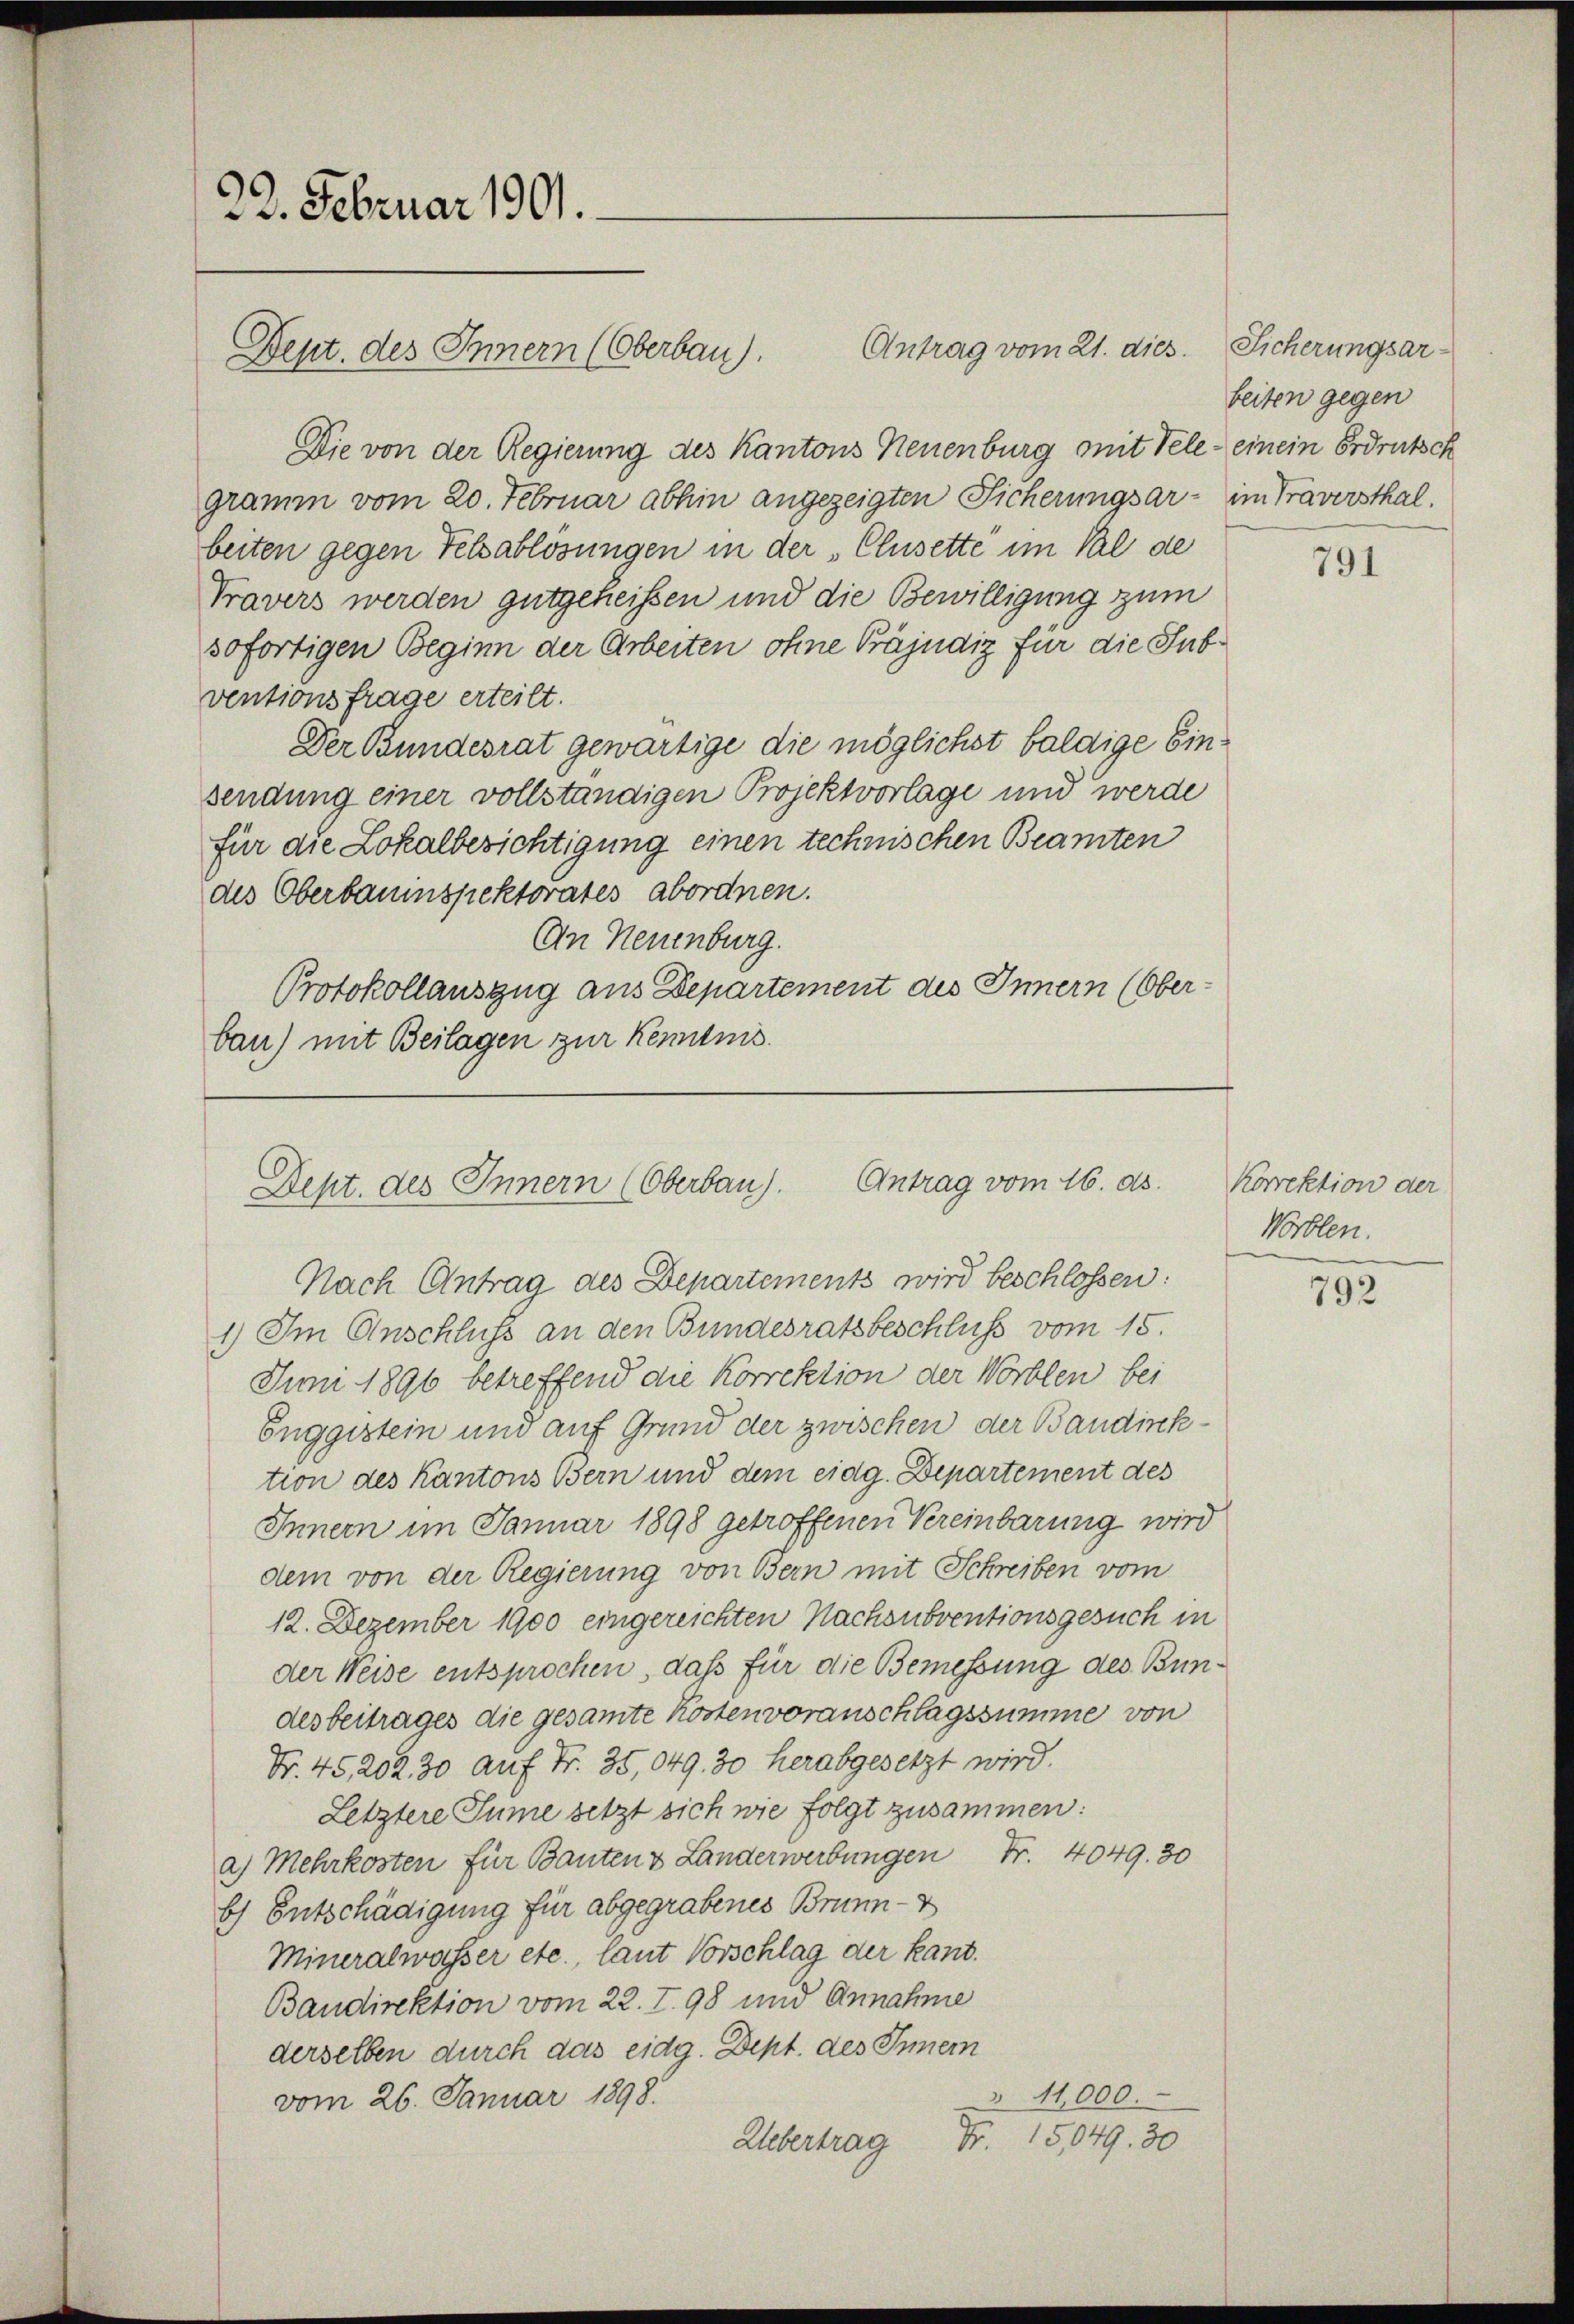
22. Februar 1901.

Antrag vom 21. dies. Sicherungsar¬
Die von der Regierung des Kantons Neuenburg mit Tele - einem Erdrutsch
gramm vom 20. Februar abhin angezeigten Sicherungsar- im Traversthal.
beiten gegen Felsablösungen in der „Clusette im Tal de
Travers werden gutgeheißen und die Bewilligung zum
sofortigen Beginn der Arbeiten ohne Präjudiz für die Subventionsfrage erteilt.
Der Bundesrat gewärtige die möglichst baldige Einsendung einer vollständigen Projektvorlage und werde
für die Lokalberichtigung einen technischen Beamten
des Oberbauinspektorates abordnen.
An Neuenburg.
Protokollauszug aus Departement des Innern (Ober-
bau) mit Beilagen zur Kenntnis.

Dept. des Innern (Oberbau).

Dept. des Innern (Oberbau). Antrag vom 16. ds.

Nach Antrag des Departements wird beschlossen:
1) Im Anschluss an den Bundesratsbeschluss vom 15.
Juni 1896 betreffend die Korrektion der Worblen bei
Enggestein und auf Grund der zwischen der Baudinktion des Kantons Bern und dem eidg. Departement des
Innern im Januar 1898 getroffenen Vereinbarung wird
dem von der Regierung von Bern mit Schreiben vom
12. Dezember 1900 eingereichten Nachsubventionsgesuch in
der Weise entsprochen, daß für die Bemessung des Bundesbeitrages die gesamte Kosten voranschlagssumme von
Nr. 45, 202. 30 auf Fr. 35,049. 30 herabgesetzt wird.
Letztere Sume setzt sich wie folgt zusammen:
a) Mehrkosten für Bauten & Landerwerbungen Fr. 4049. 30
b) Entschädigung für abgegrabenes Brunn-V
Mineralwasser etc., laut Vorschlag der kant.
Baudirektion vom 22. I. 98 und Annahme
derselben durch das eidg. Dept. des Innern
§ 11,000.
vom 26. Januar 1898.
15,049. 30
2.
Uebertrag

beiten gegen

791

Korrektion der
Worblen.

792